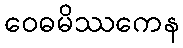
ဝေဓမိဿကေန